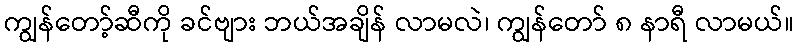
ကျွန်တော့်ဆီကို ခင်ဗျား ဘယ်အချိန် လာမလဲ၊ ကျွန်တော် ၈ နာရီ လာမယ်။